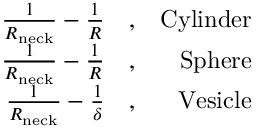
\begin{array} { r l r } { \frac { 1 } { R _ { \mathrm { n e c k } } } - \frac { 1 } { R } } & { { } , } & { \mathrm { C y l i n d e r } } \\ { \frac { 1 } { R _ { \mathrm { n e c k } } } - \frac { 1 } { R } } & { { } , } & { \mathrm { S p h e r e } } \\ { \frac { 1 } { R _ { \mathrm { n e c k } } } - \frac { 1 } { \delta } } & { { } , } & { \mathrm { V e s i c l e } } \end{array}